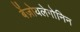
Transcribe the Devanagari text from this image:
बेंज़ोयलेगोनिन